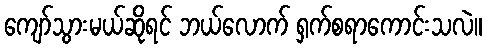
ကျော်သွားမယ်ဆိုရင် ဘယ်လောက် ရှက်စရာကောင်းသလဲ။